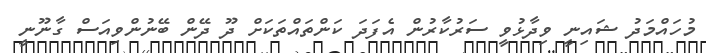
މުހައްމަދު ޝައިނީ ވިދާޅުވީ ސަރުކާރުން އެފަދަ ކަންތައްތަކަށް ދޫ ދޭން ބޭނުންވިއަސް ގާނޫނީ